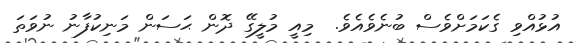
އުޅުއްވި ގެކަމަށްވެސް ބުނެވެއެވެ.  މިއީ މުލީގޭ ދޮން ޙަސަން މަނިކުފާނު ނުވަތަ